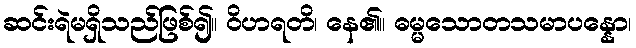
ဆင်းရဲမရှိသည်ဖြစ်၍။ ဝိဟရတိ၊ နေ၏။ ဓမ္မသောတသမာပန္နော၊